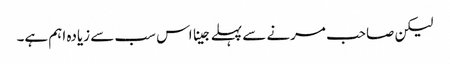
لیکن صاحب مرنے سے پہلے جینا اس سب سے زیادہ اہم ہے۔